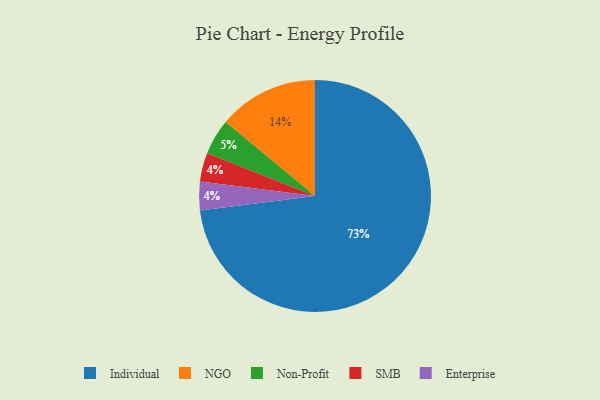
{"axis": {"x": "Category", "y": "Percentage"}, "legend": ["Enterprise", "Individual", "NGO", "Non-Profit", "SMB"], "data": [{"x": "Individual", "y": 73, "type": "Individual"}, {"x": "Non-Profit", "y": 5, "type": "Non-Profit"}, {"x": "SMB", "y": 4, "type": "SMB"}, {"x": "NGO", "y": 14, "type": "NGO"}, {"x": "Enterprise", "y": 4, "type": "Enterprise"}]}